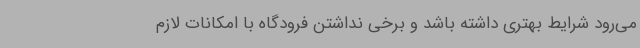
می‌رود شرایط بهتری داشته باشد و برخی نداشتن فرودگاه با امکانات لازم